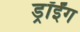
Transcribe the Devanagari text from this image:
ड्रॉईंग